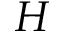
H